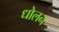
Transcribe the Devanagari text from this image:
धोलन